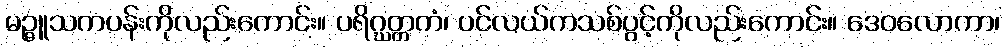
မဉ္ဇူသကပန်းကိုလည်းကောင်း။ ပရိဂ္ဃတ္တကံ၊ ပင်လယ်ကသစ်ပွင့်ကိုလည်းကောင်း။ ဒေဝလောကာ၊